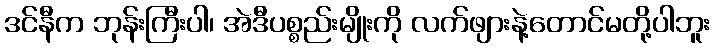
ဒင်နီက ဘုန်းကြီးပါ၊ အဲဒီပစ္စည်းမျိုးကို လက်ဖျားနဲ့တောင်မတို့ပါဘူး